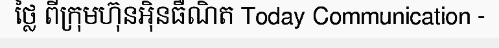
ថ្លៃ ពីក្រុមហ៊ុនអ៊ិនធឺណិត Today Communication -